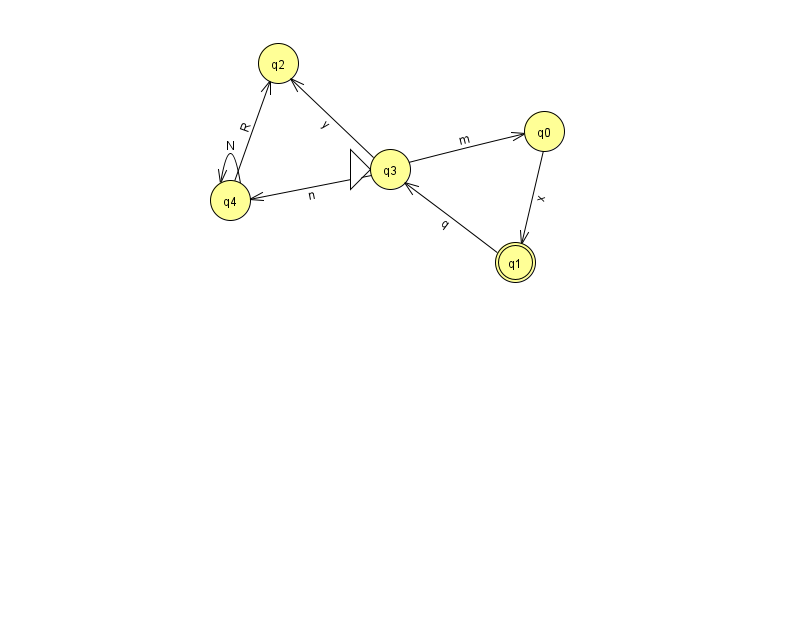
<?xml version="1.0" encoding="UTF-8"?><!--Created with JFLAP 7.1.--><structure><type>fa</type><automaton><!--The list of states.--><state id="0" name="q0"><x>544.0</x><y>118.0</y></state><state id="1" name="q1"><x>515.0</x><y>249.0</y><final/></state><state id="2" name="q2"><x>278.0</x><y>50.0</y></state><state id="3" name="q3"><x>390.0</x><y>156.0</y><initial/></state><state id="4" name="q4"><x>230.0</x><y>187.0</y></state><!--The list of transitions.--><transition><from>0</from><to>1</to><read>x</read></transition><transition><from>4</from><to>2</to><read>R</read></transition><transition><from>3</from><to>0</to><read>m</read></transition><transition><from>3</from><to>2</to><read>y</read></transition><transition><from>3</from><to>4</to><read>n</read></transition><transition><from>1</from><to>3</to><read>q</read></transition><transition><from>4</from><to>4</to><read>N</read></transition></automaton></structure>